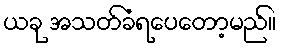
ယခု အသတ်ခံရပေတော့မည်။